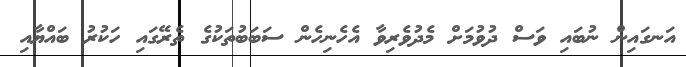
އަނގައިން ނުބައި ވަސް ދުވުމަށް މެދުވެރިވާ އެހެނިހެން ސަބަބުތަކުގެ ތެރޭގައި ހަކުރު ބައްޔާއި